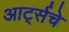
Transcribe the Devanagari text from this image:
आर्ट्सचे